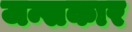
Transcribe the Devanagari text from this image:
जन्सकार